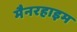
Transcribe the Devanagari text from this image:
मैनरहाइम